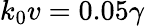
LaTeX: k_{0}v=0.05\gamma